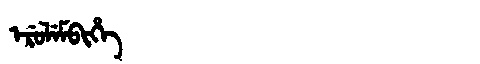
Manchu: ᡝᡵᡠᠯᡝᠮᠪᡳᡥᡝ
Romanization: ERULEMBIHE